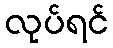
လုပ်ရင်